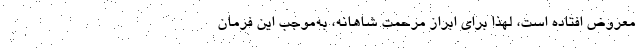
معروض افتاده است، لهذا برای ابراز مرحمت شاهانه، به‌موجب این فرمان